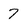
Character: 7